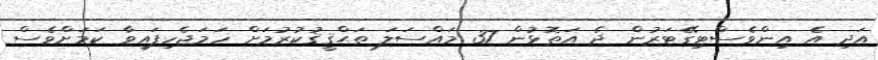
އަދި އެ އިންވެސްޓިގޭޓަރުން ދެ އަތޮޅުން 37 މައްސަލަ ތަޙްޤީޤުކުރުމަށް ހަމަޖެހިފައިވާ ކަމަށްވެސް